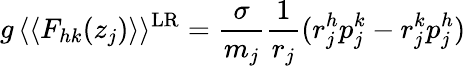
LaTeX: g\, \langle\langle F_{hk}(z_{j})\rangle\rangle^{\mathrm{LR}}=\frac{\sigma}{m_{j}}\frac{1}{r_{j}}(r_{j}^{h}p_{j}^{k}-r_{j}^{k}p_{j}^{h})